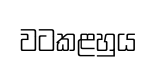
වටකළහුය